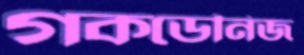
গকডেনিজ